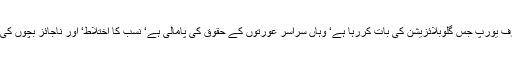
دوسری طرف یورپ جس گلوبلائزیشن کی بات کررہا ہے‘ وہاں سراسر عورتوں کے حقوق کی پامالی ہے‘ نسب کا اختلاط‘ اور ناجائز بچوں کی کثرت ہے۔